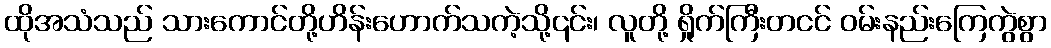
ထိုအသံသည် သားကောင်တို့ဟိန်းဟောက်သကဲ့သို့၎င်း၊ လူတို့ ရှိုက်ကြီးတငင် ဝမ်းနည်းကြေကွဲစွာ